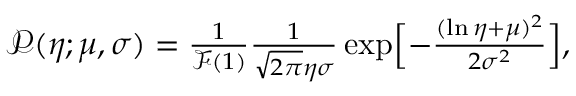
\begin{array} { r } { \mathcal { P } ( \eta ; \mu , \sigma ) = \frac { 1 } { \mathcal { F } ( 1 ) } \frac { 1 } { \sqrt { 2 \pi } \eta \sigma } \exp \Bigl [ - \frac { ( \ln \eta + \mu ) ^ { 2 } } { 2 \sigma ^ { 2 } } \Bigr ] , } \end{array}